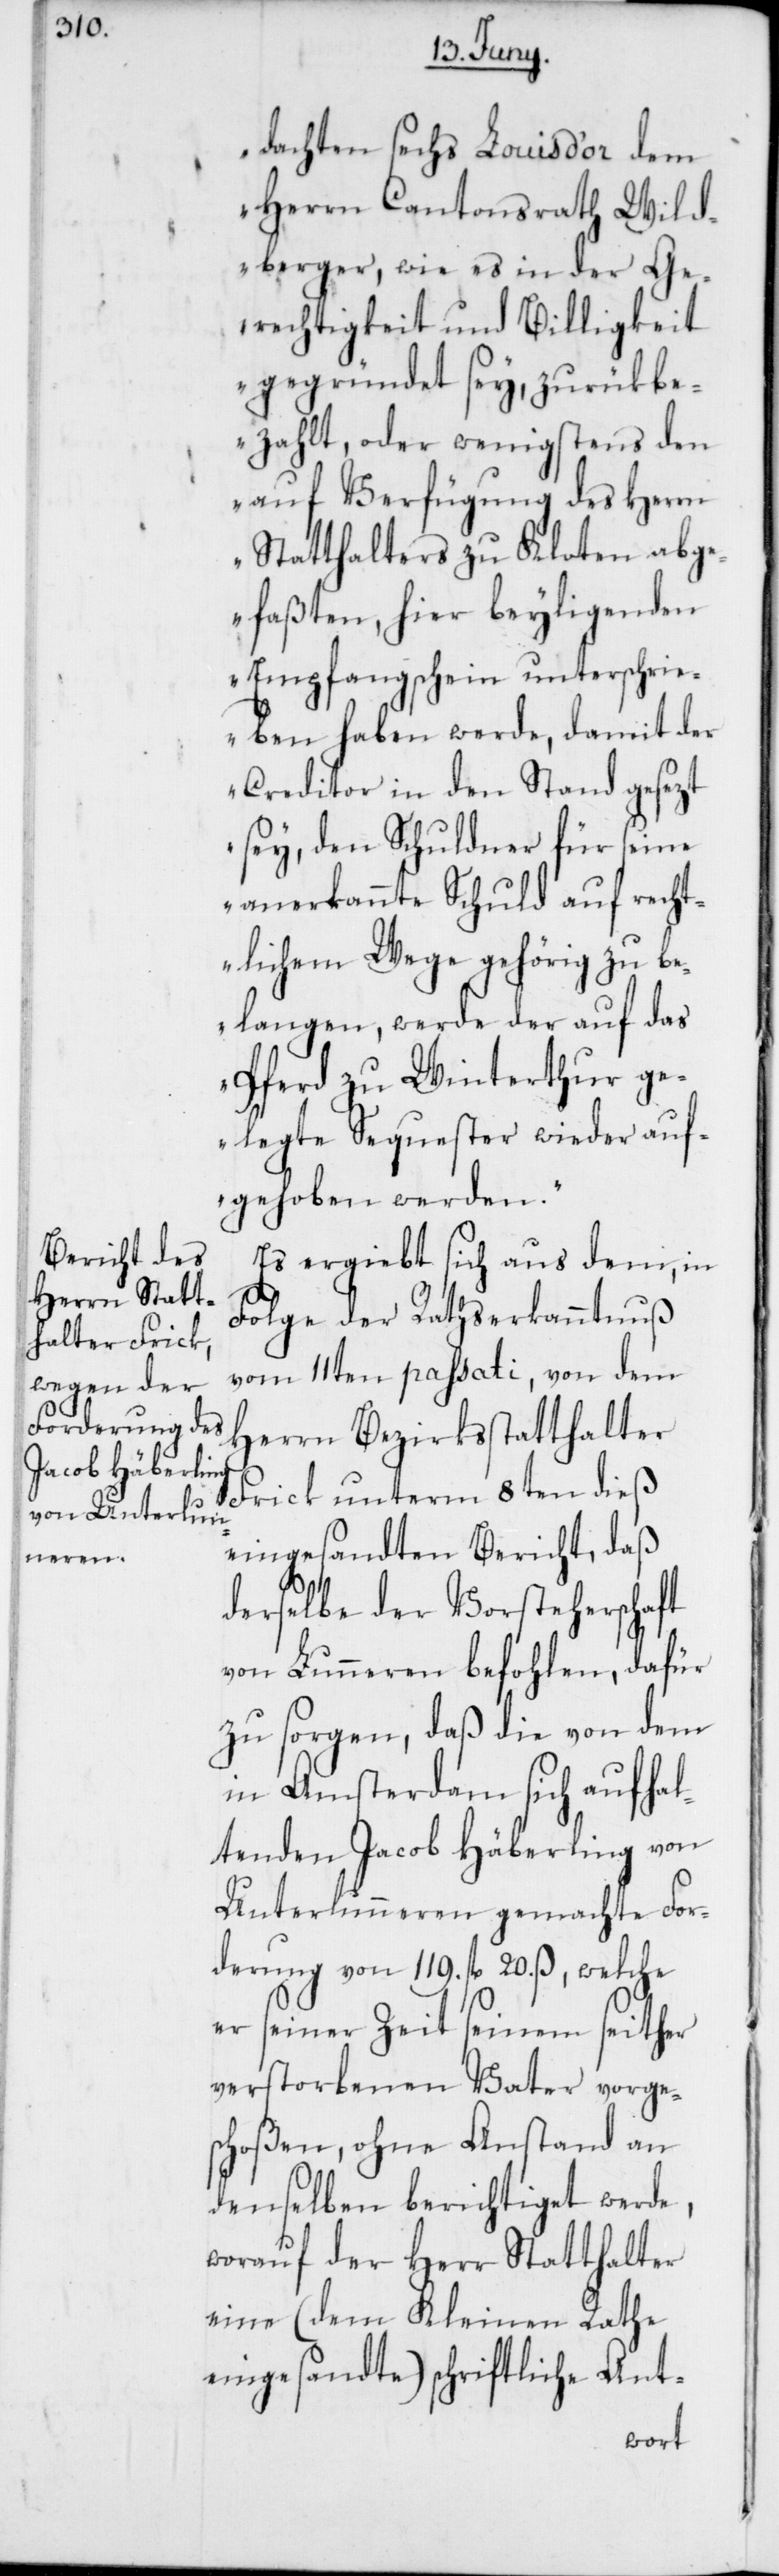
dachten sechs Louis d’or dem
Herrn Cantonsrath Wild¬
berger, wie es in der Ge¬
rechtigkeit und Billigkeit
gegründet sey, zurükbe¬
zahlt, oder wenigstens den
auf Verfügung des Herrn
Statthalters zu Kloten abge¬
faßten, hier beyligenden
Empfangschein unterschri¬
eben haben werde, damit der
Creditor in den Stand gesezt
sey, den Schuldner für seine
anerkannte Schuld auf recht¬
lichem Wege gehörig zu be¬
langen, werde der auf das
Pferd zu Winterthur g¬
elegte Sequester wieder auf¬
gehoben werden.“
Es ergiebt sich aus dem, in
Folge der Rathserkanntnuß
vom 11ten passati, von dem
Herrn Bezirksstatthalter
Frick unterm 8ten dieß
eingesandten Bericht, daß
derselbe der Vorsteherschaft
von Lunneren befohlen, dafür
zu sorgen, daß die von dem
in Amsterdam sich aufhal¬
tenden Jacob Häberling von
Unterlunneren gemachte For¬
derung von 119. fl. 20. ß, welche
er seiner Zeit seinem seither
verstorbenen Vater vorges¬
choßen, ohne Anstand an
denselben berichtiget werde,
worauf der Herr Statthalter
eine (dem Kleinen Rathe
eingesandte) schriftliche Ant-